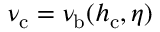
\nu _ { \mathrm { c } } = \nu _ { \mathrm { b } } ( h _ { \mathrm { c } } , \eta )